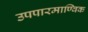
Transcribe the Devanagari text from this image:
उपपारमाण्विक